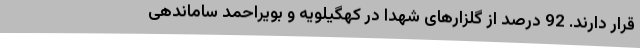
قرار دارند. 92 درصد از گلزارهای شهدا در کهگیلویه و بویراحمد ساماندهی